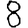
Digit: 8